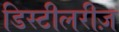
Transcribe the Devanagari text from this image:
डिस्टीलरीज़